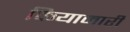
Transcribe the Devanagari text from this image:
कियामारी